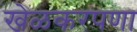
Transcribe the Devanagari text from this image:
खेळकरपणा